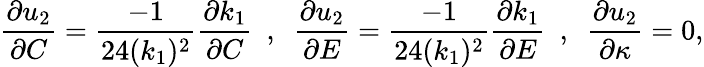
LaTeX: \frac{\partial u_{2}}{\partial C}=\frac{-1}{24(k_{1})^{2}}\frac{\partial k_{1}}{\partial C}~~,~~\frac{\partial u_{2}}{\partial E}=\frac{-1}{24(k_{1})^{2}}\frac{\partial k_{1}}{\partial E}~~,~~\frac{\partial u_{2}}{\partial\kappa}=0,